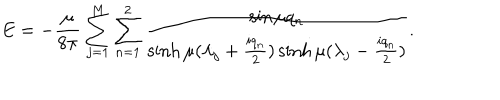
LaTeX: E = - { \frac { \mu } { 8 \pi } } \sum _ { j = 1 } ^ { M } \sum _ { n = 1 } ^ { 2 } { \frac { \sin \mu q _ { n } } { \sinh \mu ( \lambda _ { j } + { \frac { i q _ { n } } { 2 } } ) \sinh \mu ( \lambda _ { j } - { \frac { i q _ { n } } { 2 } } ) } } .